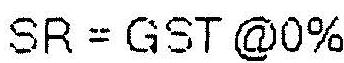
SR = GST @0%